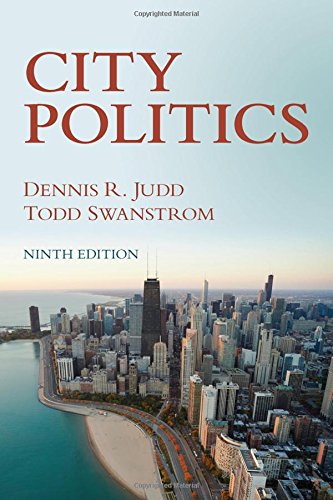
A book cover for City Politics; Dennis R Judd; Politics & Social Sciences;